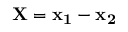
\bf { X } = \bf { x _ { 1 } } - \bf { x _ { 2 } }